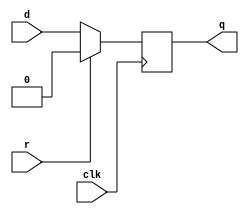
/*
module top_module(
  input clk,
  input d,
  input ar,
  output reg q
);

always @(posedge clk or posedge ar) begin
  if(ar) begin
    q = 1'b0;
  end else begin
    q = d;
  end
end

endmodule
*/

module top_module(
  input clk,
  input d,
  input r,
  output reg q
);

always @(posedge clk) begin
  if(r) begin
    q = 1'b0;
  end else begin
    q = d;
  end
end

endmodule